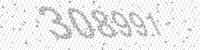
Solution: 308991